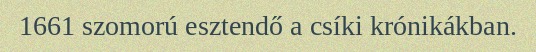
1661 szomorú esztendő a csíki krónikákban.